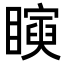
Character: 𥋰